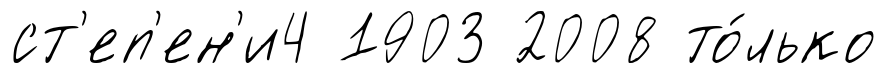
ст'еп'ен'и4 1903 2008 то́лько